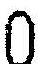
0